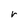
Character: r